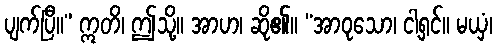
ပျက်ပြီ။” ဣတိ၊ ဤသို့။ အာဟ၊ ဆို၏။ “အာဝုသော၊ ငါ့ရှင်။ မယှံ၊